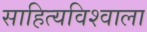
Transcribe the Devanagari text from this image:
साहित्यविश्‍वाला